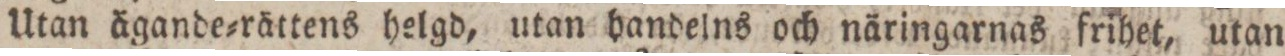
Utan ägande=rättens helgd, utan handelns och näringarnas frihet, utan